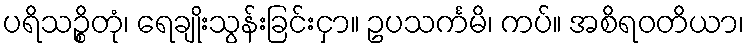
ပရိသဉ္စိတုံ၊ ရေချိုးသွန်းခြင်းငှာ။ ဥပသင်္ကမိ၊ ကပ်။ အစိရဝတိယာ၊